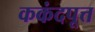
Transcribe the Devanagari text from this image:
ककंदपूत्त